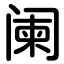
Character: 阑